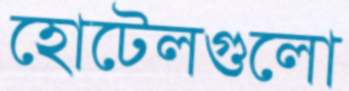
হোটেলগুলো